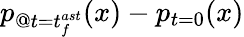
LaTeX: p_{@t=t_{f}^{ast}}(x)-p_{t=0}(x)